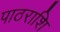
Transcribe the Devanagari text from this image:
पाठराशि